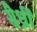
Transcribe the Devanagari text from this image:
सैर्ध्रीं